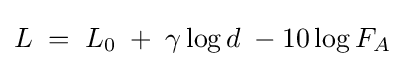
L\;=\;L_{0}\;+\;\gamma \log d\;-10\log {F_{A}}